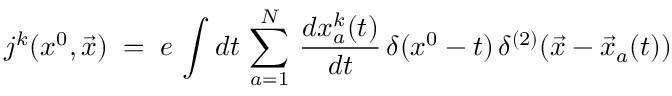
j ^ { k } ( x ^ { 0 } , { \vec { x } } ) \; = \; e \, \int d t \, \sum _ { a = 1 } ^ { N } \, \frac { d x _ { a } ^ { k } ( t ) } { d t } \, \delta ( x ^ { 0 } - t ) \, \delta ^ { ( 2 ) } ( { \vec { x } } - { \vec { x } } _ { a } ( t ) )